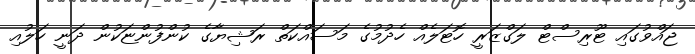
ޖައްވުގައި ޓޫރިސްޓް ލަގްޒަރީ ހޮޓަލެއް ހެދުމުގެ މަސައްކަތް ރަޝިޔާގެ ކުންފުންޏަކުން ދަނީ ހަލުއި